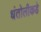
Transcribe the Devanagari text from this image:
धंतोलीकडे